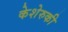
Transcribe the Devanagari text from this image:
केशेरुकी